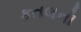
કતલનો